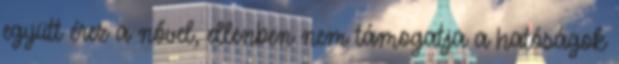
együtt érez a nővel, ellenben nem támogatja a hatóságok